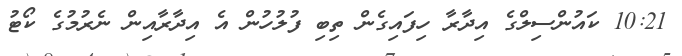
10:21 ކައުންސިލްގެ އިދާރާ ހިފައިގެން ތިބި ފުލުހުން އެ އިދާރާއިން ނެރުމުގެ ކޯޓު